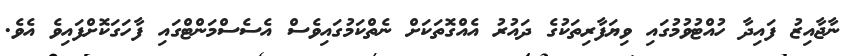
ނާޖާއިޒު ފައިދާ ހުއްޓުވުމުގައި ވިޔަފާރިތަކުގެ ދައުރު އެއްގޮތަކަށް ނެތްކަމުގައިވެސް އެސެސްމަންޓްގައި ފާހަގަކޮށްފައިވެ އެވެ.